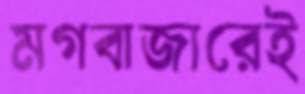
মগবাজারেই